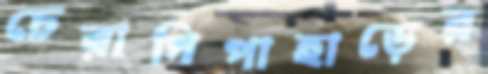
চেরাগিপাহাড়ের